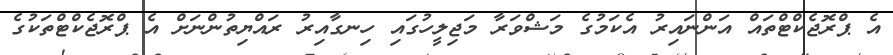
އެ ޕްރޮޖެކްޓްތައް އަންނައިރު އެކަމުގެ މަޝްވަރާ މަޖިލީހުގައި ހިނގާއިރު ރައްޔިތުންނަށް އެ ޕްރޮޖެކްޓްތަކުގެ